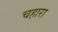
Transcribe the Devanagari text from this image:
चहारा